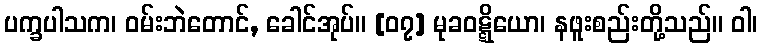
ပက္ခပါသက၊ ဝမ်းဘဲတောင်, ခေါင်အုပ်။ [၀၇] မုခဝဋ္ဋိယော၊ နဖူးစည်းတို့သည်။ ဝါ၊